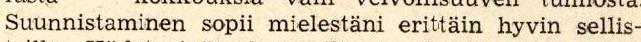
Suunnistaminen sopii mielestäni erittäin hyvin sellis-